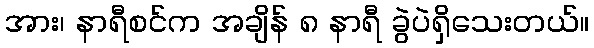
အား၊ နာရီစင်က အချိန် ၈ နာရီ ခွဲပဲရှိသေးတယ်။